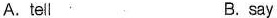
A.tell B. say